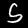
Label: 5